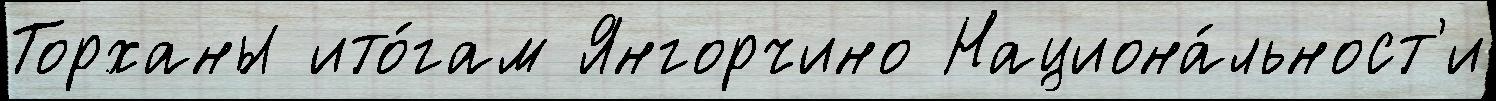
Торханы ито́гам Янгорчино Национа́льност'и